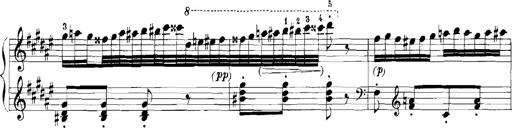
Title: Rhapsodies hongroises
Composer: Franz Liszt